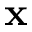
\mathbf { x }